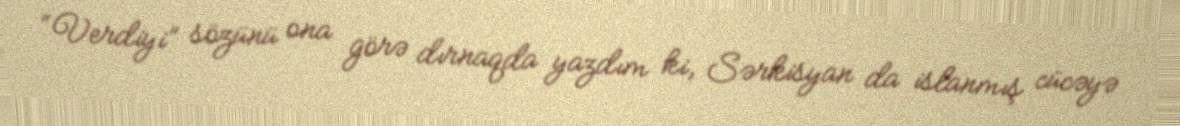
“Verdiyi” sözünü ona görə dırnaqda yazdım ki, Sərkisyan da islanmış cücəyə